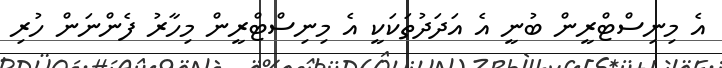
އެ މިނިސްޓްރީން ބުނީ އެ އަދަދުތަކަކީ އެ މިނިސްޓްރީން މިހާރު ފެންނަން ހުރި